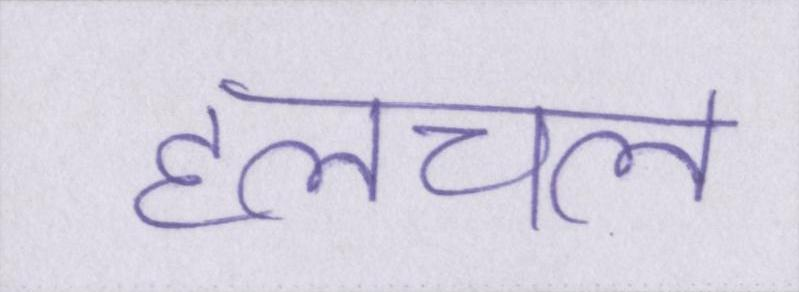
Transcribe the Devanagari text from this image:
हलचल